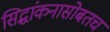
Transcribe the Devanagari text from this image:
सिद्धांकनासोबतच